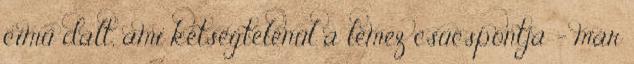
című dalt, ami kétségtelenül a lemez csúcspontja – már